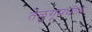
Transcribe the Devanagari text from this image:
तेलुगूमधील